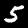
Digit: 5